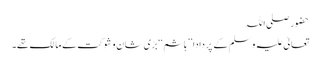
حضور صلی اللہ
تعالیٰ علیہ وسلم کے پَر دادا ’’ ہاشم ‘‘ بڑی شان و شوکت کے مالک تھے۔